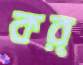
কর্